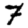
Digit: 7